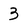
Character: 3